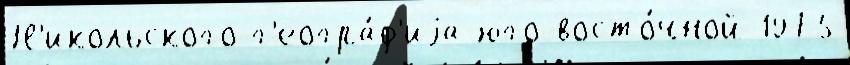
Н'икольского г'еогра́ф'иjа юго-восто́чной 1975